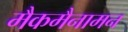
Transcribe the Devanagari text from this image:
मैकमैनामन